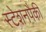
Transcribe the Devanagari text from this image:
स्टेशनपैकी